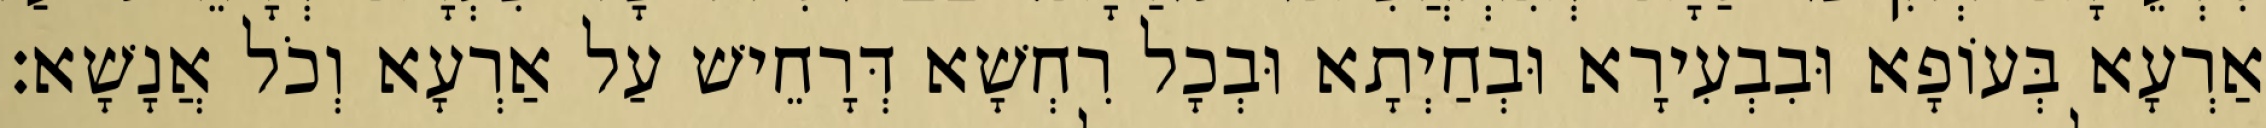
אַרְעָא בְּעוֹפָא וּבִבְעִירָא וּבְחַיְתָא וּבְכָל רִחְשָׁא דְּרָחֵישׁ עַל אַרְעָא וְכֹל אֲנָשָׁא׃